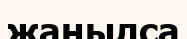
жаңылса